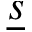
\underline { s }